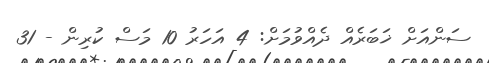
ސަންއަށް ޚަބަރެއް ދެއްވުމަށް: 4 އަހަރު 10 މަސް ކުރިން - 31